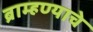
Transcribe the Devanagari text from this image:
ब्राम्हण्याचे